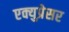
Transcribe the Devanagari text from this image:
एक्युप्रेसर